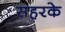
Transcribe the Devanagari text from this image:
सहरके